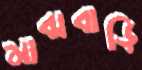
মাঝবাড়ি